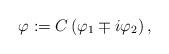
LaTeX: \begin{align*}\varphi:=C\left(\varphi_1\mp i\varphi_2\right),\end{align*}